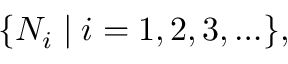
\{ N _ { i } \mid i = 1 , 2 , 3 , \ldots \} ,